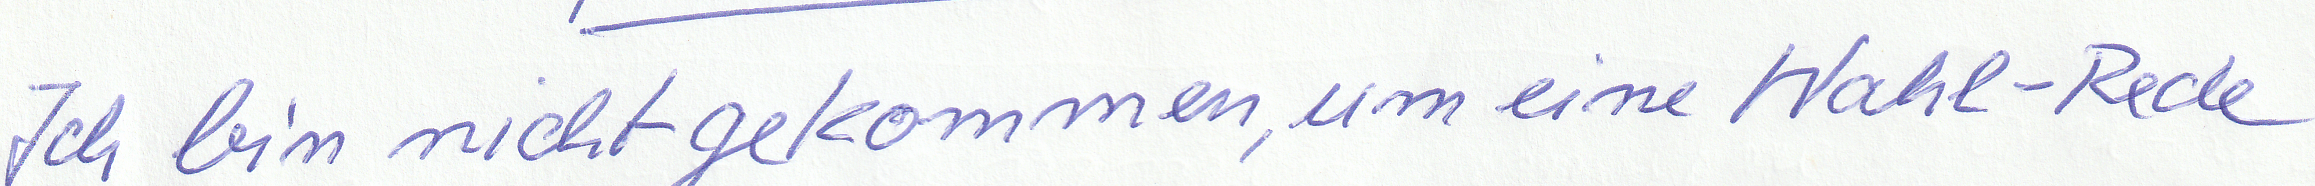
Ich bin nicht gekommen, um eine Wahl-Rede